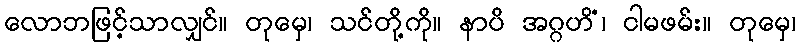
လောဘဖြင့်သာလျှင်။ တုမှေ၊ သင်တို့ကို။ နာပိ အဂ္ဂဟိံ၊ ငါမဖမ်း။ တုမှေ၊